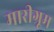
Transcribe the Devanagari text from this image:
मारीग्रूम